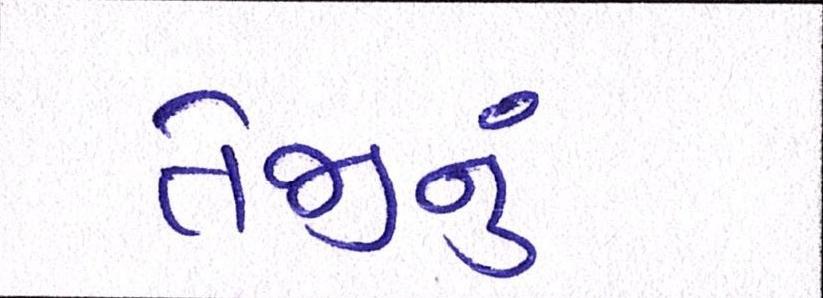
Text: તેજીનું